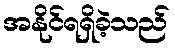
အနိုင်ရရှိခဲ့သည်